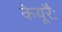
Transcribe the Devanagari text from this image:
केयूरैः